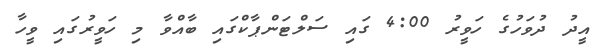
އީދު ދުވަހުގެ ހަވީރު 4:00 ގައި ސަލްޓަންޕާކްގައި ބާއްވާ މި ހަވީރުގައި ވީހާ